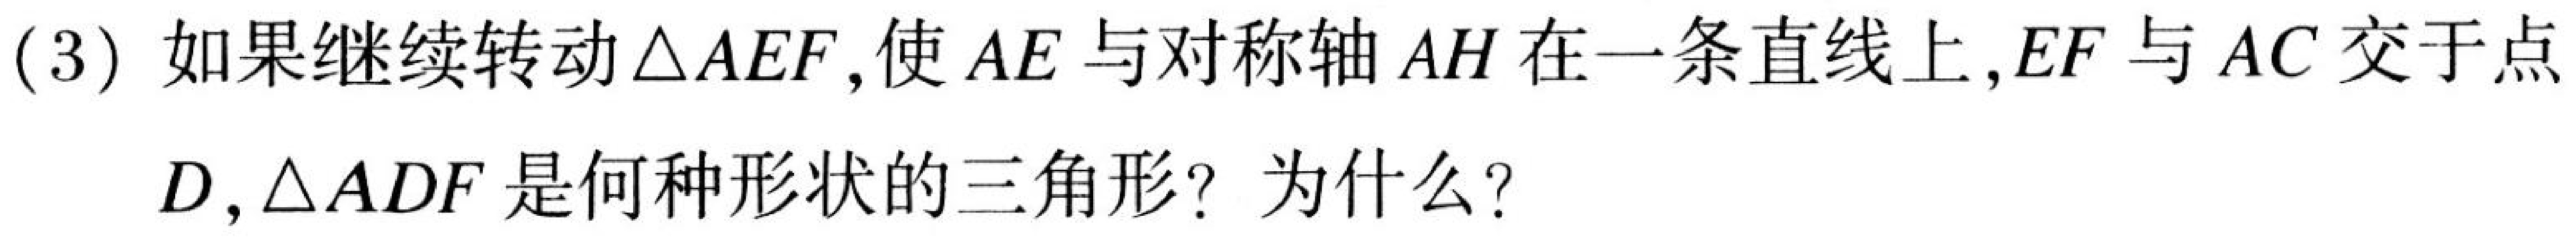
(3)如果继续转动\(\triangle AEF\)，使\(AE\)与对称轴\(AH\)在一条直线上，\(EF\)与\(AC\)交于点\(D\)，\(\triangle ADF\)是何种形状的三角形？为什么？